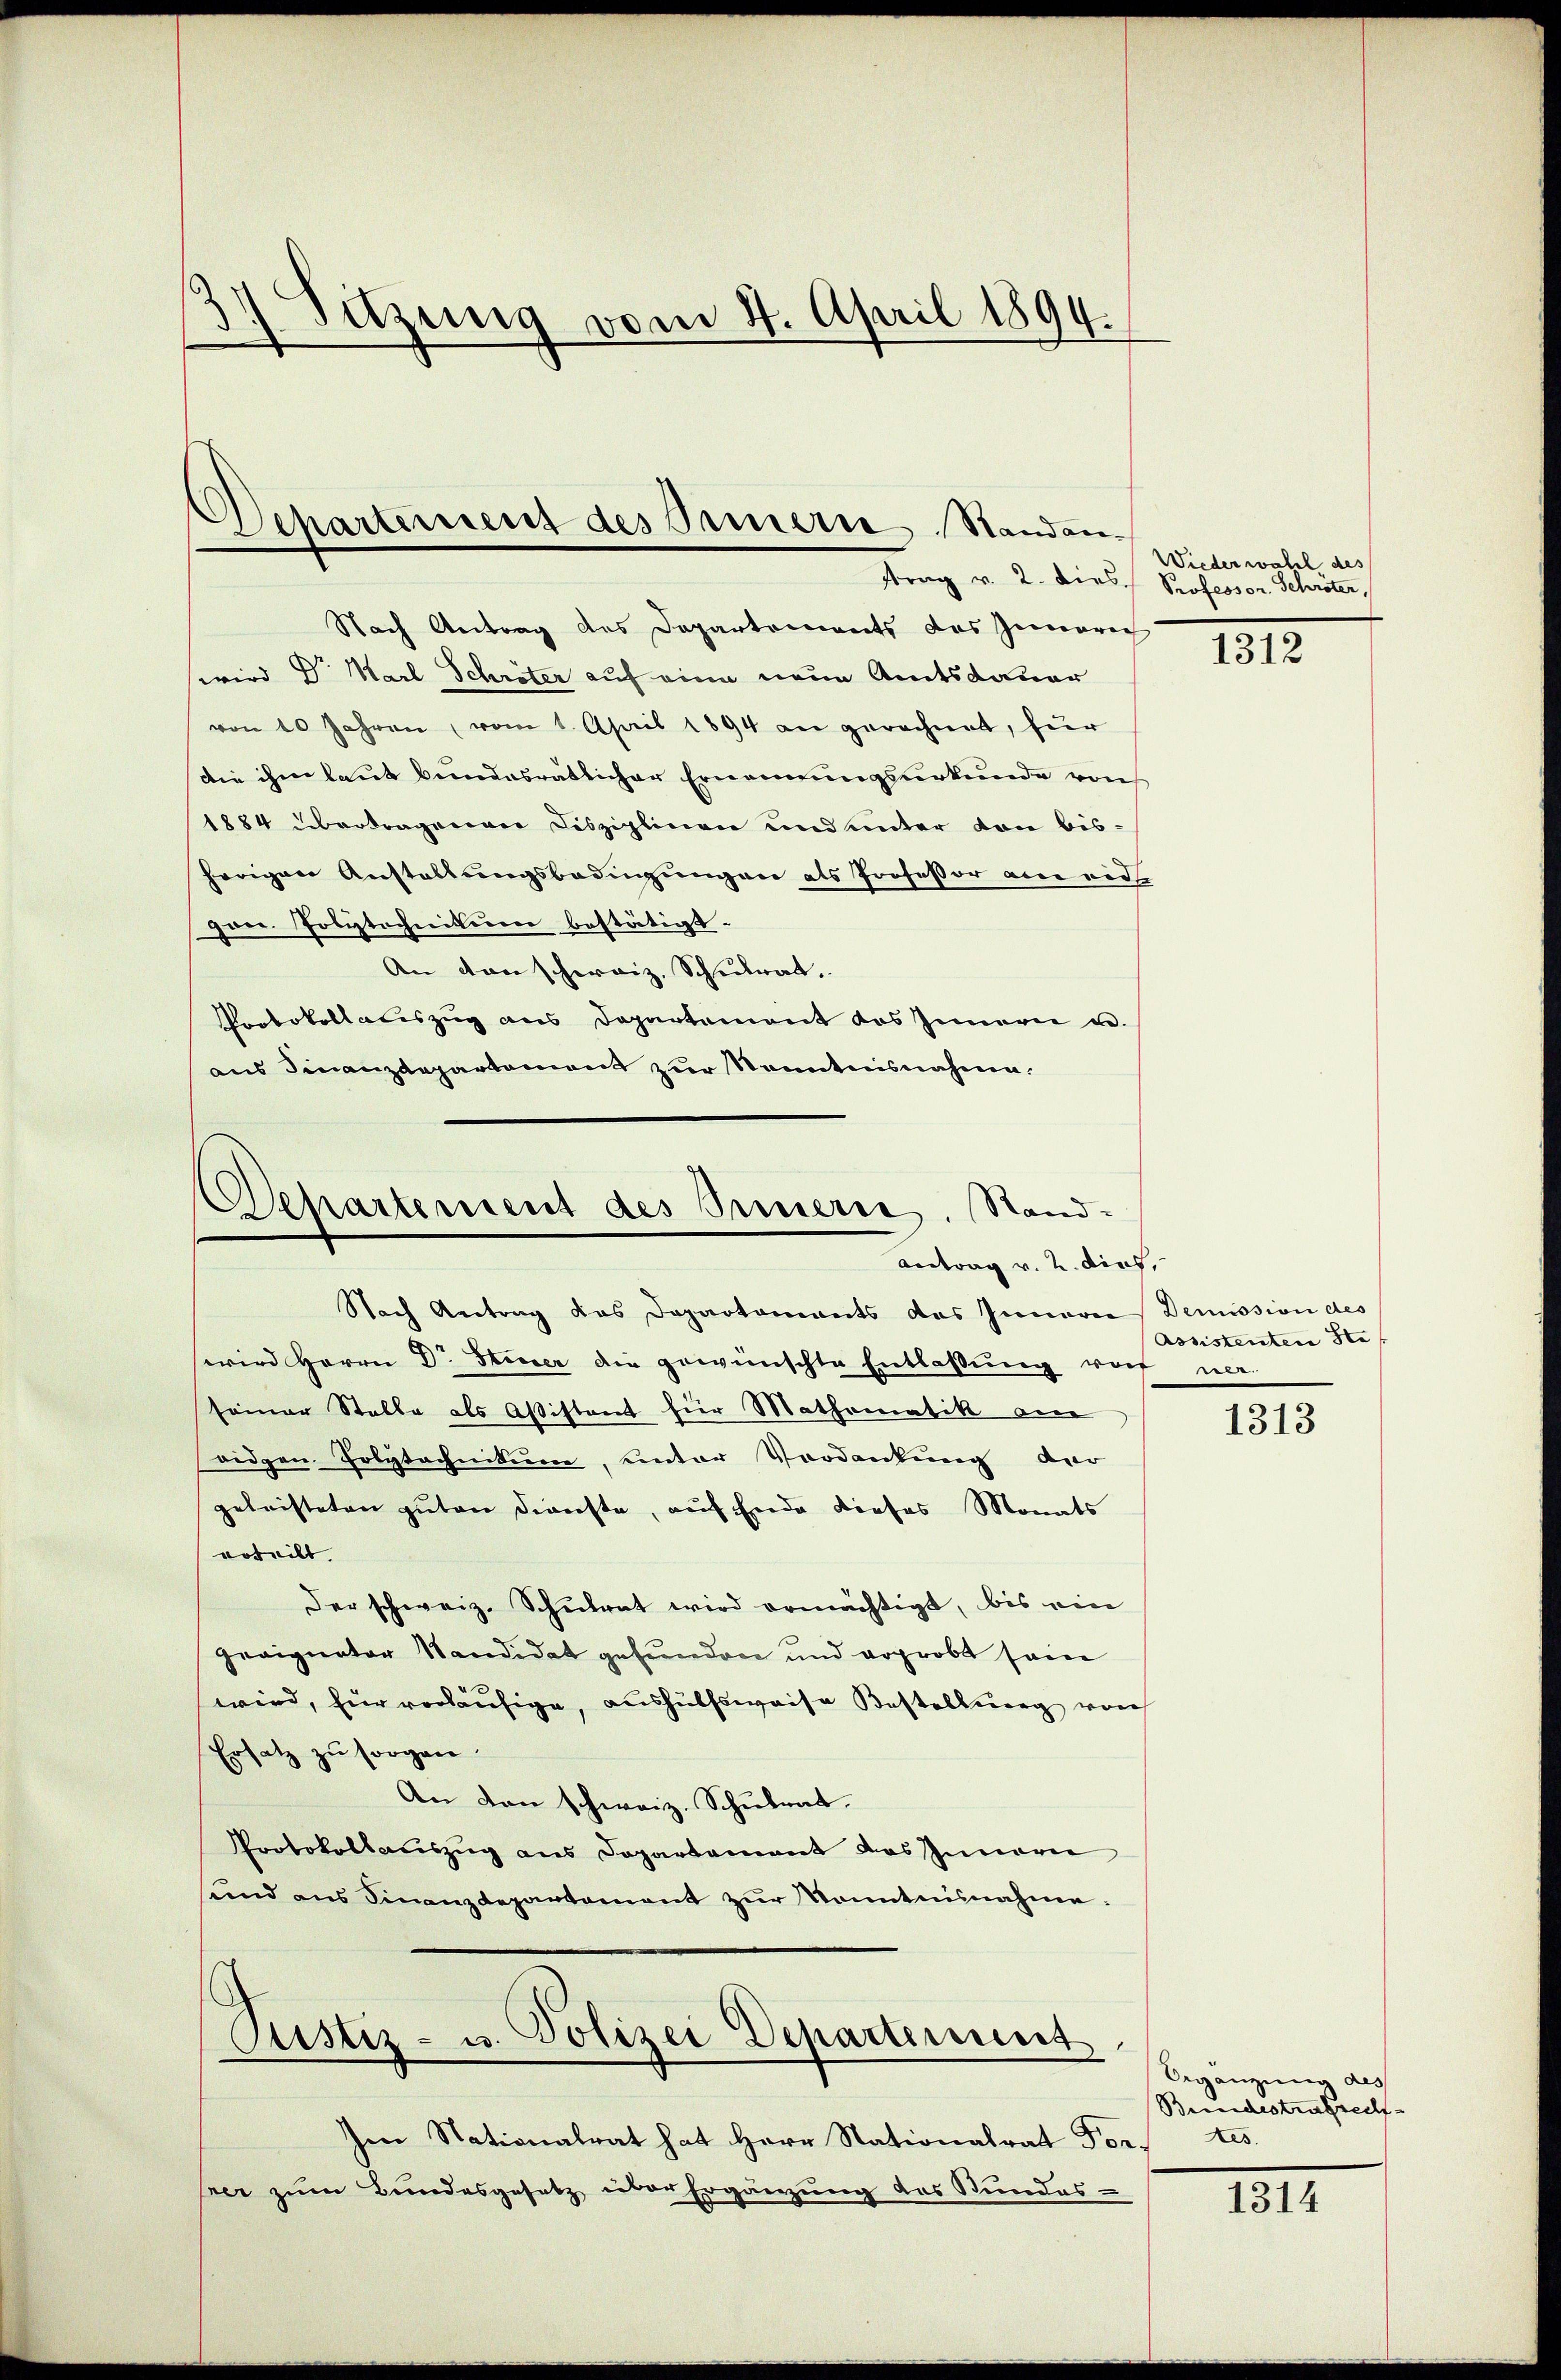
1 Sitzung vom 4. April 1894.

Dehartement des Innern, Standan-

ttrag v. 2. Dies Professor Schröter,
Nach Antrag des Departements das Innerec
wird Dr. Karl Schröter auf eine neue Amtsdauer
von 10 Jahren, vom 1. April 1894 an gerechnet, für
die ihm laut bundesrätlicher Ernennungsurkunde von
1884 übertragenen Disziplinen und unter von bisherigen Anstaltungsbedügungen als Professor am eid
gan. Polytechnikum bestätigt.
An von schweiz, Schulrat.
Protokollaciszug aus Departement des Innern u.
aus Finanzdepartement zur Kenntnisnahme.

Separtement des Innern, Sand¬
Antrag v. 2. dies,

Nach Antrag das Departaments das Innere Demission des
wird Herrn Dr. Steuer die gewünschte Entlassŭng vor ner-
seiner Stelle als Aßistent für Mathematik an
ridgen. Polytechnikum, unter Verdankung der
geleisteten guten Dienste, auf Ende dieses Monats
erteilt.
Der schweiz. Schulrat wird ermächtigt, bis ein
geeigneter Kandidat gefunden und vrprobt sein
wird, für vorläufige, aushülfsweise Kostellung von
Ersatz zu sorgen.
An den schweiz. Schulrat.
Protokollsauszug aus Departement das Innern
sund ans Finanzdepartement zŭr Konntnisnahme.

Pustiz- u. Polizei Departement

Im Stationalrat hat Herr Stationalrat Fortes
hrer zum Bundesgesetz über Ergänzung des Stundes-

Wieder wahl, des

1312

Assistenten Stef

1313

Begängung des
Bundestrafrech

1314